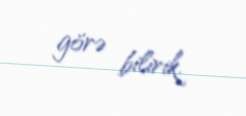
görə bilirik.